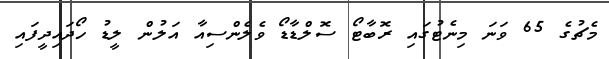
މެޗުގެ 65 ވަނަ މިނެޓުގައި ރޮބާޓޯ ސޮލްޑާޑޯ ވެލެންސިއާ އަލުން ލީޑު ހޯދައިދީފައި